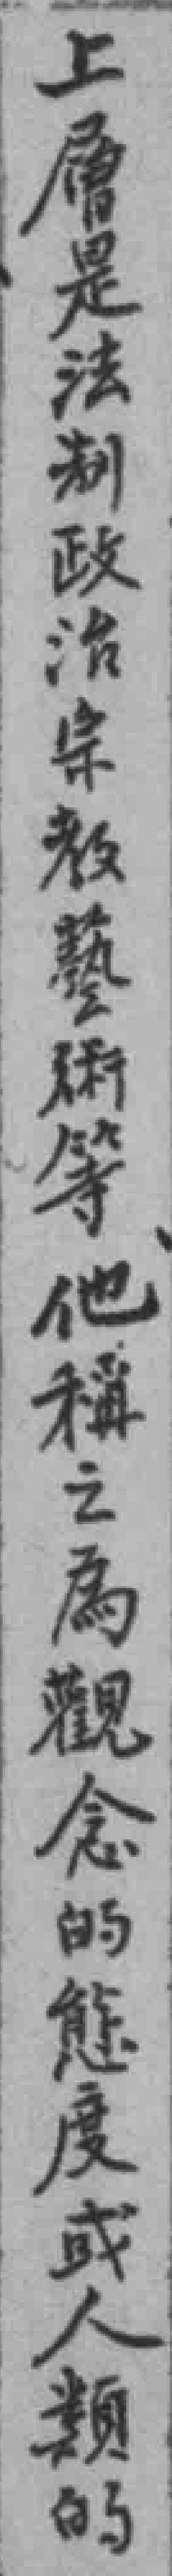
上層是法制政治宗教藝術等他稱之為觀念的態度或人類的